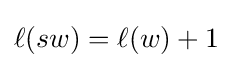
\ell (sw)=\ell (w)+1